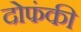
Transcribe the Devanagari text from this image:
दोफंकी